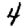
Digit: 4